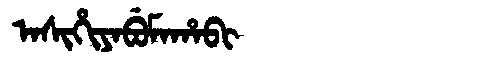
Manchu: ᠠᠰᡳᡥᡳᠶᠠᠪᡠᠮᠠᡥᠠᠪᡳ
Romanization: ASIHIYABUMAHABI